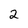
Character: 2